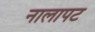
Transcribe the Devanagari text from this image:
नालापट